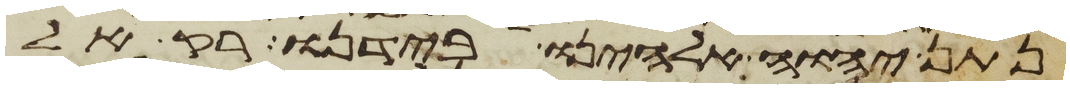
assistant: נתן יהוה אלהינו בידנו רק אל